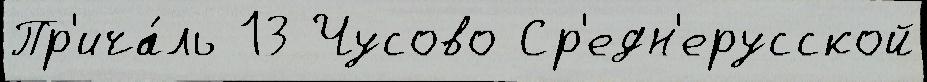
Пр'ича́ль 13 Чусово Ср'едн'ерусской